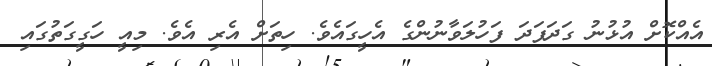
އެއްކޮށް އުޅުނު ގަދަފަދަ ފަހުލަވާނުންގެ އެހީގައެވެ. ހިތަށް އެރި އެވެ. މިއީ ހަގީގަތުގައި